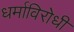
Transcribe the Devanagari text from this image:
धर्माविरोधी